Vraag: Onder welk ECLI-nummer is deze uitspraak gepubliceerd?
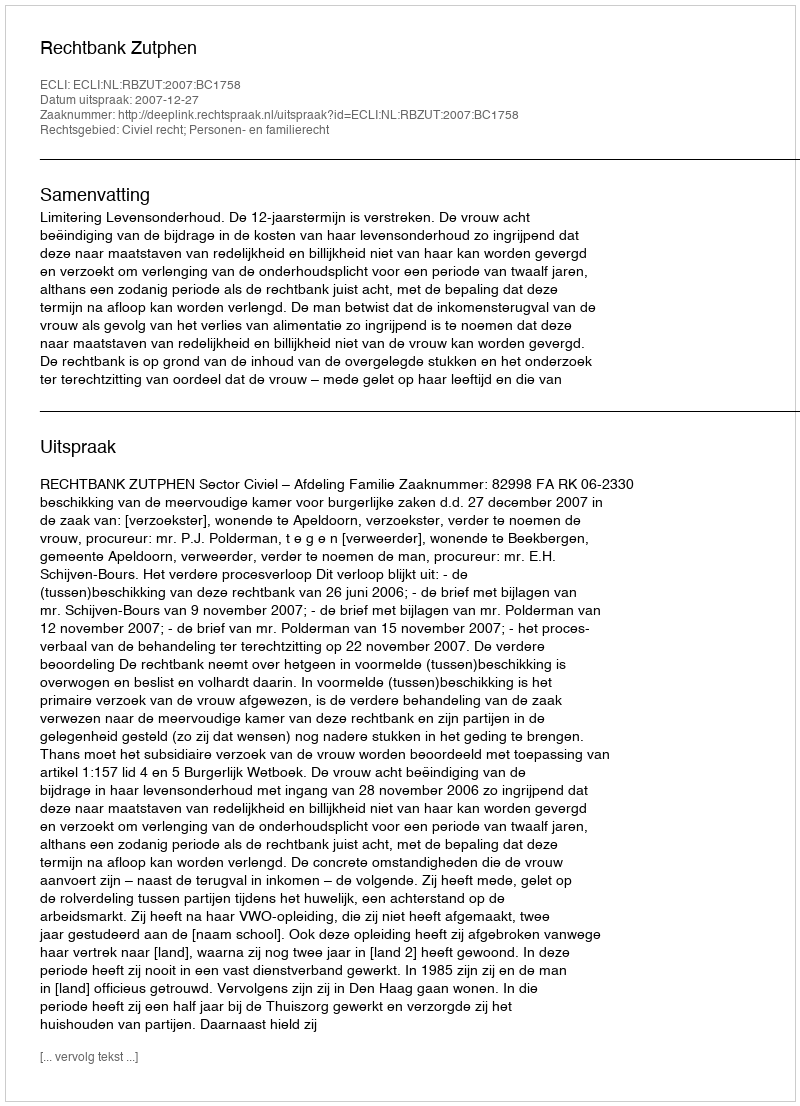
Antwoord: ECLI:NL:RBZUT:2007:BC1758